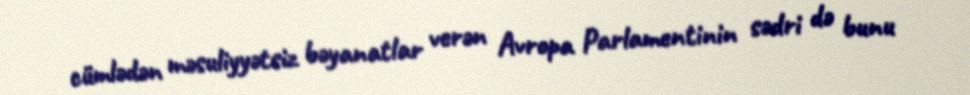
cümlədən məsuliyyətsiz bəyanatlar verən Avropa Parlamentinin sədri də bunu